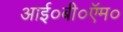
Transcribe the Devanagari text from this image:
आई०बी०ऍम०